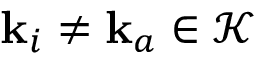
\mathbf { k } _ { i } \neq \mathbf { k } _ { a } \in \mathcal { K }